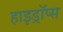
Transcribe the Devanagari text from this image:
हाइड्रॉप्स